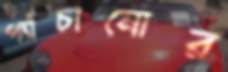
প্যাঁচানোর